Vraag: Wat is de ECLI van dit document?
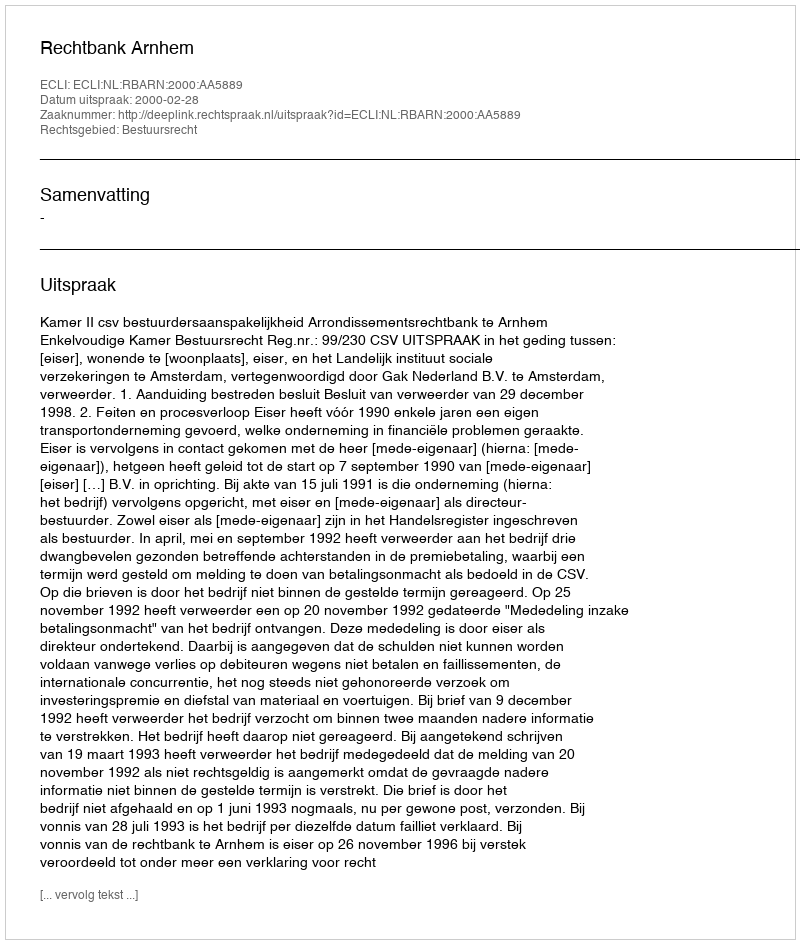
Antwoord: ECLI:NL:RBARN:2000:AA5889